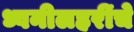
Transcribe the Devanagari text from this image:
ध्वनीलहरींचे